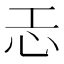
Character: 𢖶